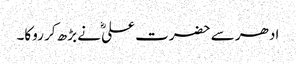
ادھر سے حضرت علیؓ نے بڑھ کر روکا۔